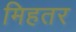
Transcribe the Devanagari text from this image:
मिहतर